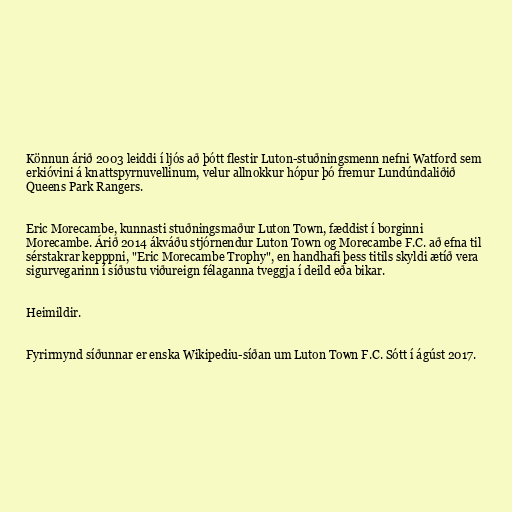
Könnun árið 2003 leiddi í ljós að þótt flestir Luton-stuðningsmenn nefni Watford sem
erkióvini á knattspyrnuvellinum, velur allnokkur hópur þó fremur Lundúndaliðið
Queens Park Rangers.

Eric Morecambe, kunnasti stuðningsmaður Luton Town, fæddist í borginni
Morecambe. Árið 2014 ákváðu stjórnendur Luton Town og Morecambe F.C. að efna til
sérstakrar kepppni, "Eric Morecambe Trophy", en handhafi þess titils skyldi ætíð vera
sigurvegarinn í síðustu viðureign félaganna tveggja í deild eða bikar.

Heimildir.

Fyrirmynd síðunnar er enska Wikipediu-síðan um Luton Town F.C. Sótt í ágúst 2017.